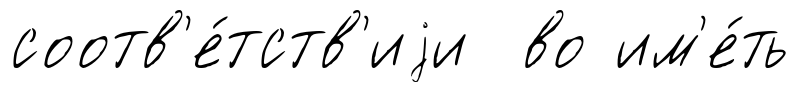
соотв'е́тств'иjи во им'е́ть